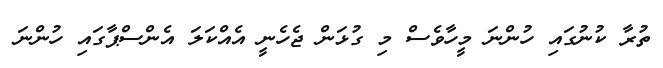
ތުރާ ކުނުގައި ހުންނަ މީހާވެސް މި ގުޅަން ޖެހެނީ އެއްކަލަ އެންސްޕާގައި ހުންނަ